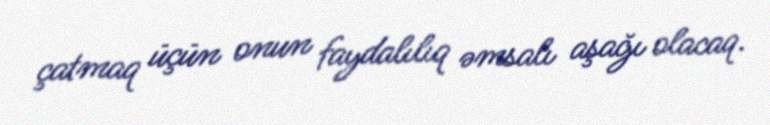
çatmaq üçün onun faydalılıq əmsalı aşağı olacaq.